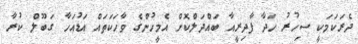
ދެރަކަމަކީ ސިހުރު ހަދާ ފާދިރީއާ ބައްދަލްކޮށް އެމީހުންގެ ވާހަކަތައް އަޑުއަހާ ގަބޫލް ކުރާ